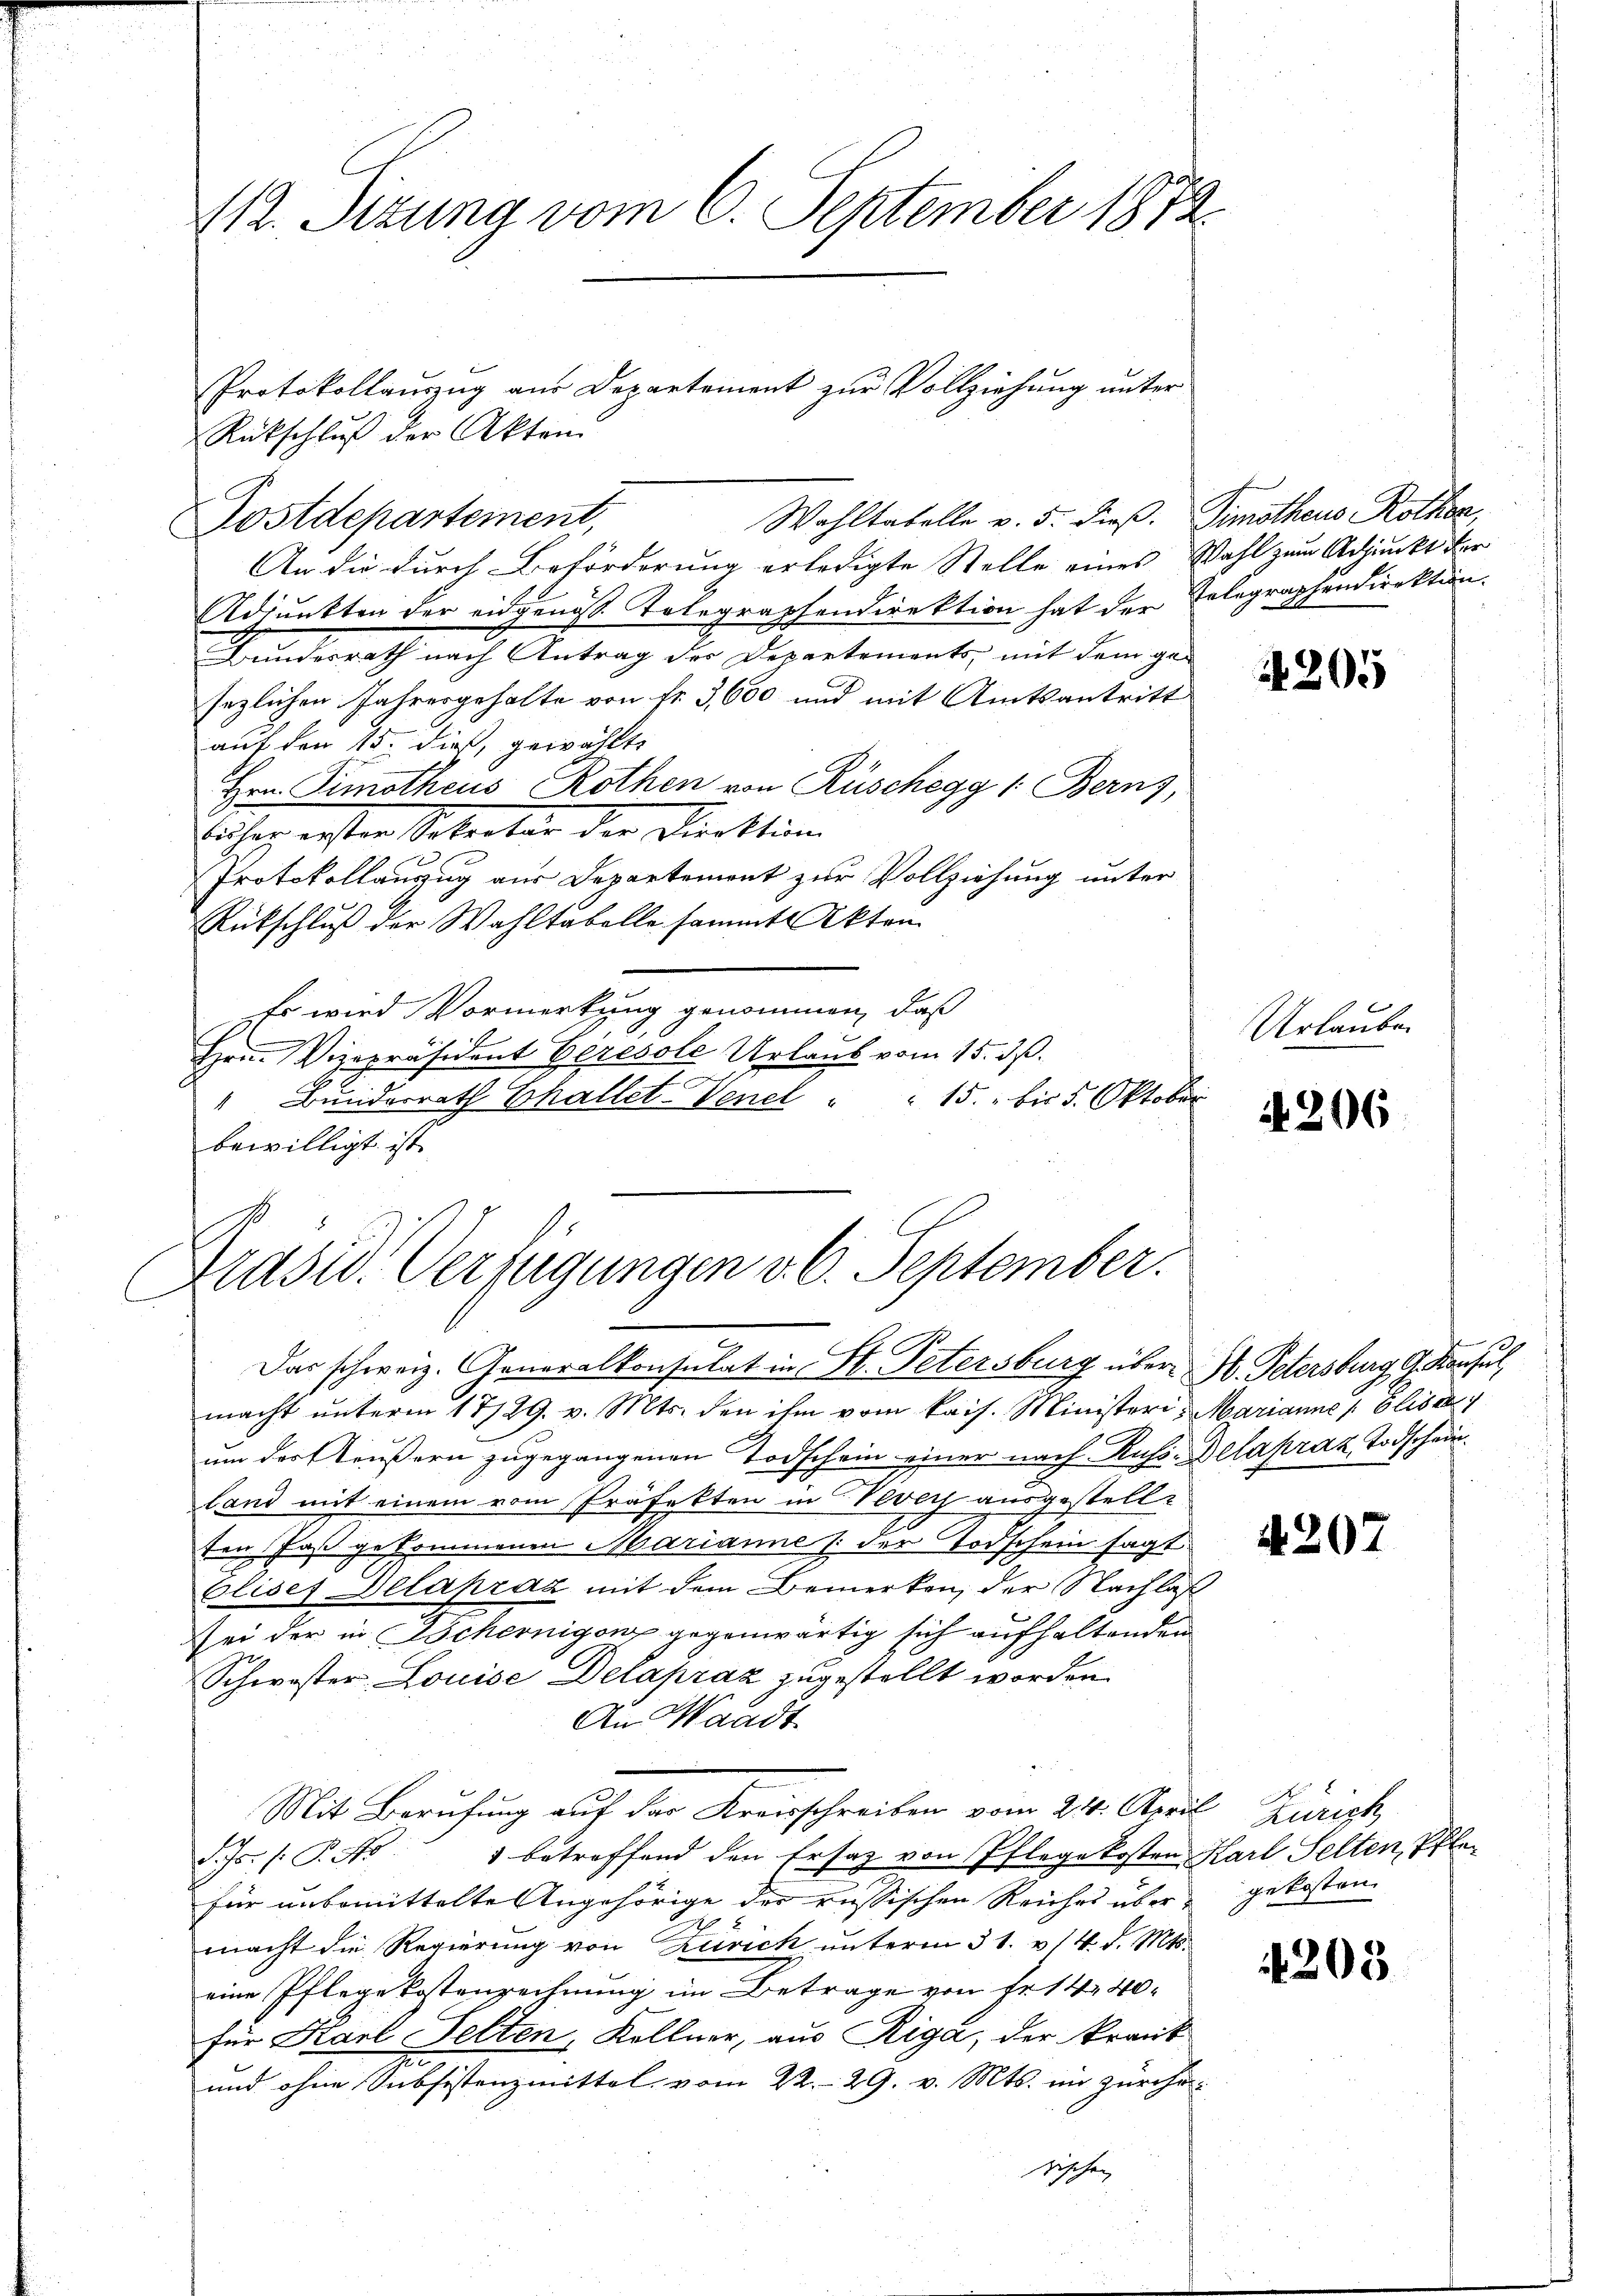
112. Situng vom 6. September 1873.

Rückschluß der Akten
Wahltabelle v. 5. dieß. Simotheus Rothen,
Postdepartement,
An die durch Beförderung erledigte Stelle eines Wahl zum Adjunkt der
Adjunkten der eidgenoss Telegraphendirektion hat der Telegraphendirektion.
Bundesrath nach Antrag des Departements, mit dem ge-
sezlichen Jahresgehalte von fr. 3,600 und mit Amtsantritt
auf den 15. dieß, gewählte
Hrn. Simotheus Rothen von Rüschegg /: Berns,
Buhig ersten Soleiten der Direktion
Protokollauszug aus Departement zur Vollziehung unter
Rückschluß der Wahltabelle sammt Akten.
Es wird Vormerkung genommen, daß
Hrn. Vizepräsident Geresole Urlaub vom 15. dß.
t
" Bŭndesrath Challet-Venel " " 15. bis 5. Oktober
bewilligt ist
Das schweiz. Generalkonsulat in H. Petersburg über H. Petersburg g. Konsul
macht unterm 17/29. v. Mts. den ihm vom kais. Ministeri, Marianne Eliser
um der Aeußern zugegangenen Todschein einer nach Russ. Delapraz, Todschein.
land mit einem vom Präfekten in Vevey ausgestell-
ten Faß gekommenen Marianne (der Todschein sagt
Cliser Delapraz mit dem Bemerken, der Nachlas
sei der in Tscheinigen gegenwärtig sich aufhaltenden
Schwester Louise Delapraz zugestellt worden
An Waadt
Mit Berufung auf der Kreisschreiben vom 24. April Zürich
d. Js. s. P. Nr. 1 betreffend den Ersatz von Pflege kosten Karl Selten, Pflefür unbemittelte Angehörige der russischen Reiches über gekosten
2
macht die Regierung von Zürich unterm 31. v. 14. d. Mts.
eine Pflege kostenrechnung im Betrage von Fr. 1440
für Karl Felten, Kellner, aus Riga, der krank
und ohne Subsistenzmittel, vom 22. 29. v. Mts. im zürchesischen

Protokollauszug aus Departement zur Vollziehung unter

Präsid. Verfügungen v. 6. September.

4205

Urlauben

4. 206

4207

203